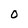
Character: 0